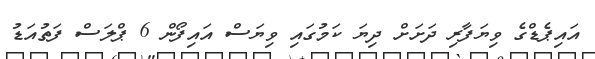
އައިޕެޑްގެ ވިޔަފާރި ދަށަށް ދިޔަ ކަމުގައި ވިޔަސް އައިފޯން 6 ޕްލަސް ފަތުއަޑު